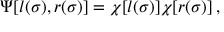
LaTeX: \Psi [ l ( \sigma ) , r ( \sigma ) ] = \chi [ l ( \sigma ) ] \chi [ r ( \sigma ) ] \, ,